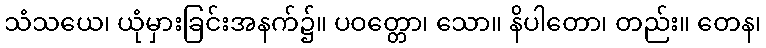
သံသယေ၊ ယုံမှားခြင်းအနက်၌။ ပဝတ္တော၊ သော။ နိပါတော၊ တည်း။ တေန၊